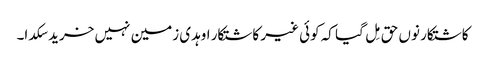
کاشتکار نوں حق مِل گیا کہ کوئی غیر کاشتکار اوہدی زمین نہیں خرید سکدا۔